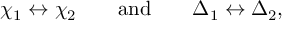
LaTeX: \chi _ { 1 } \leftrightarrow \chi _ { 2 } \qquad \mathrm { a n d } \qquad \Delta _ { 1 } \leftrightarrow \Delta _ { 2 } ,